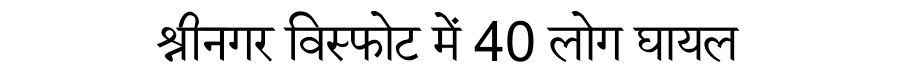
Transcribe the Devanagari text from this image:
श्रीनगर विस्फोट में 40 लोग घायल